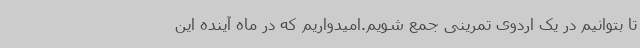
تا بتوانیم در یک اردوی تمرینی جمع شویم.امیدواریم که در ماه آینده این